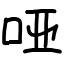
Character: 哑